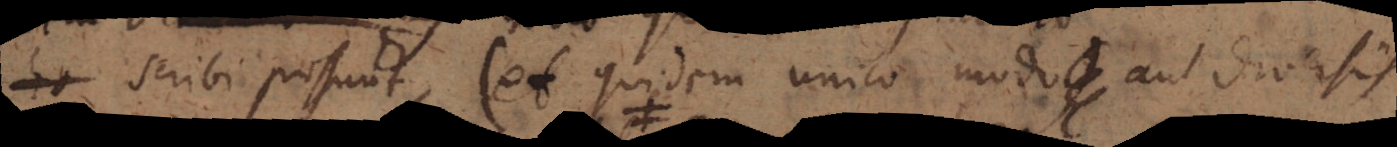
scribi possunt (et quidem unico modo aut diversis